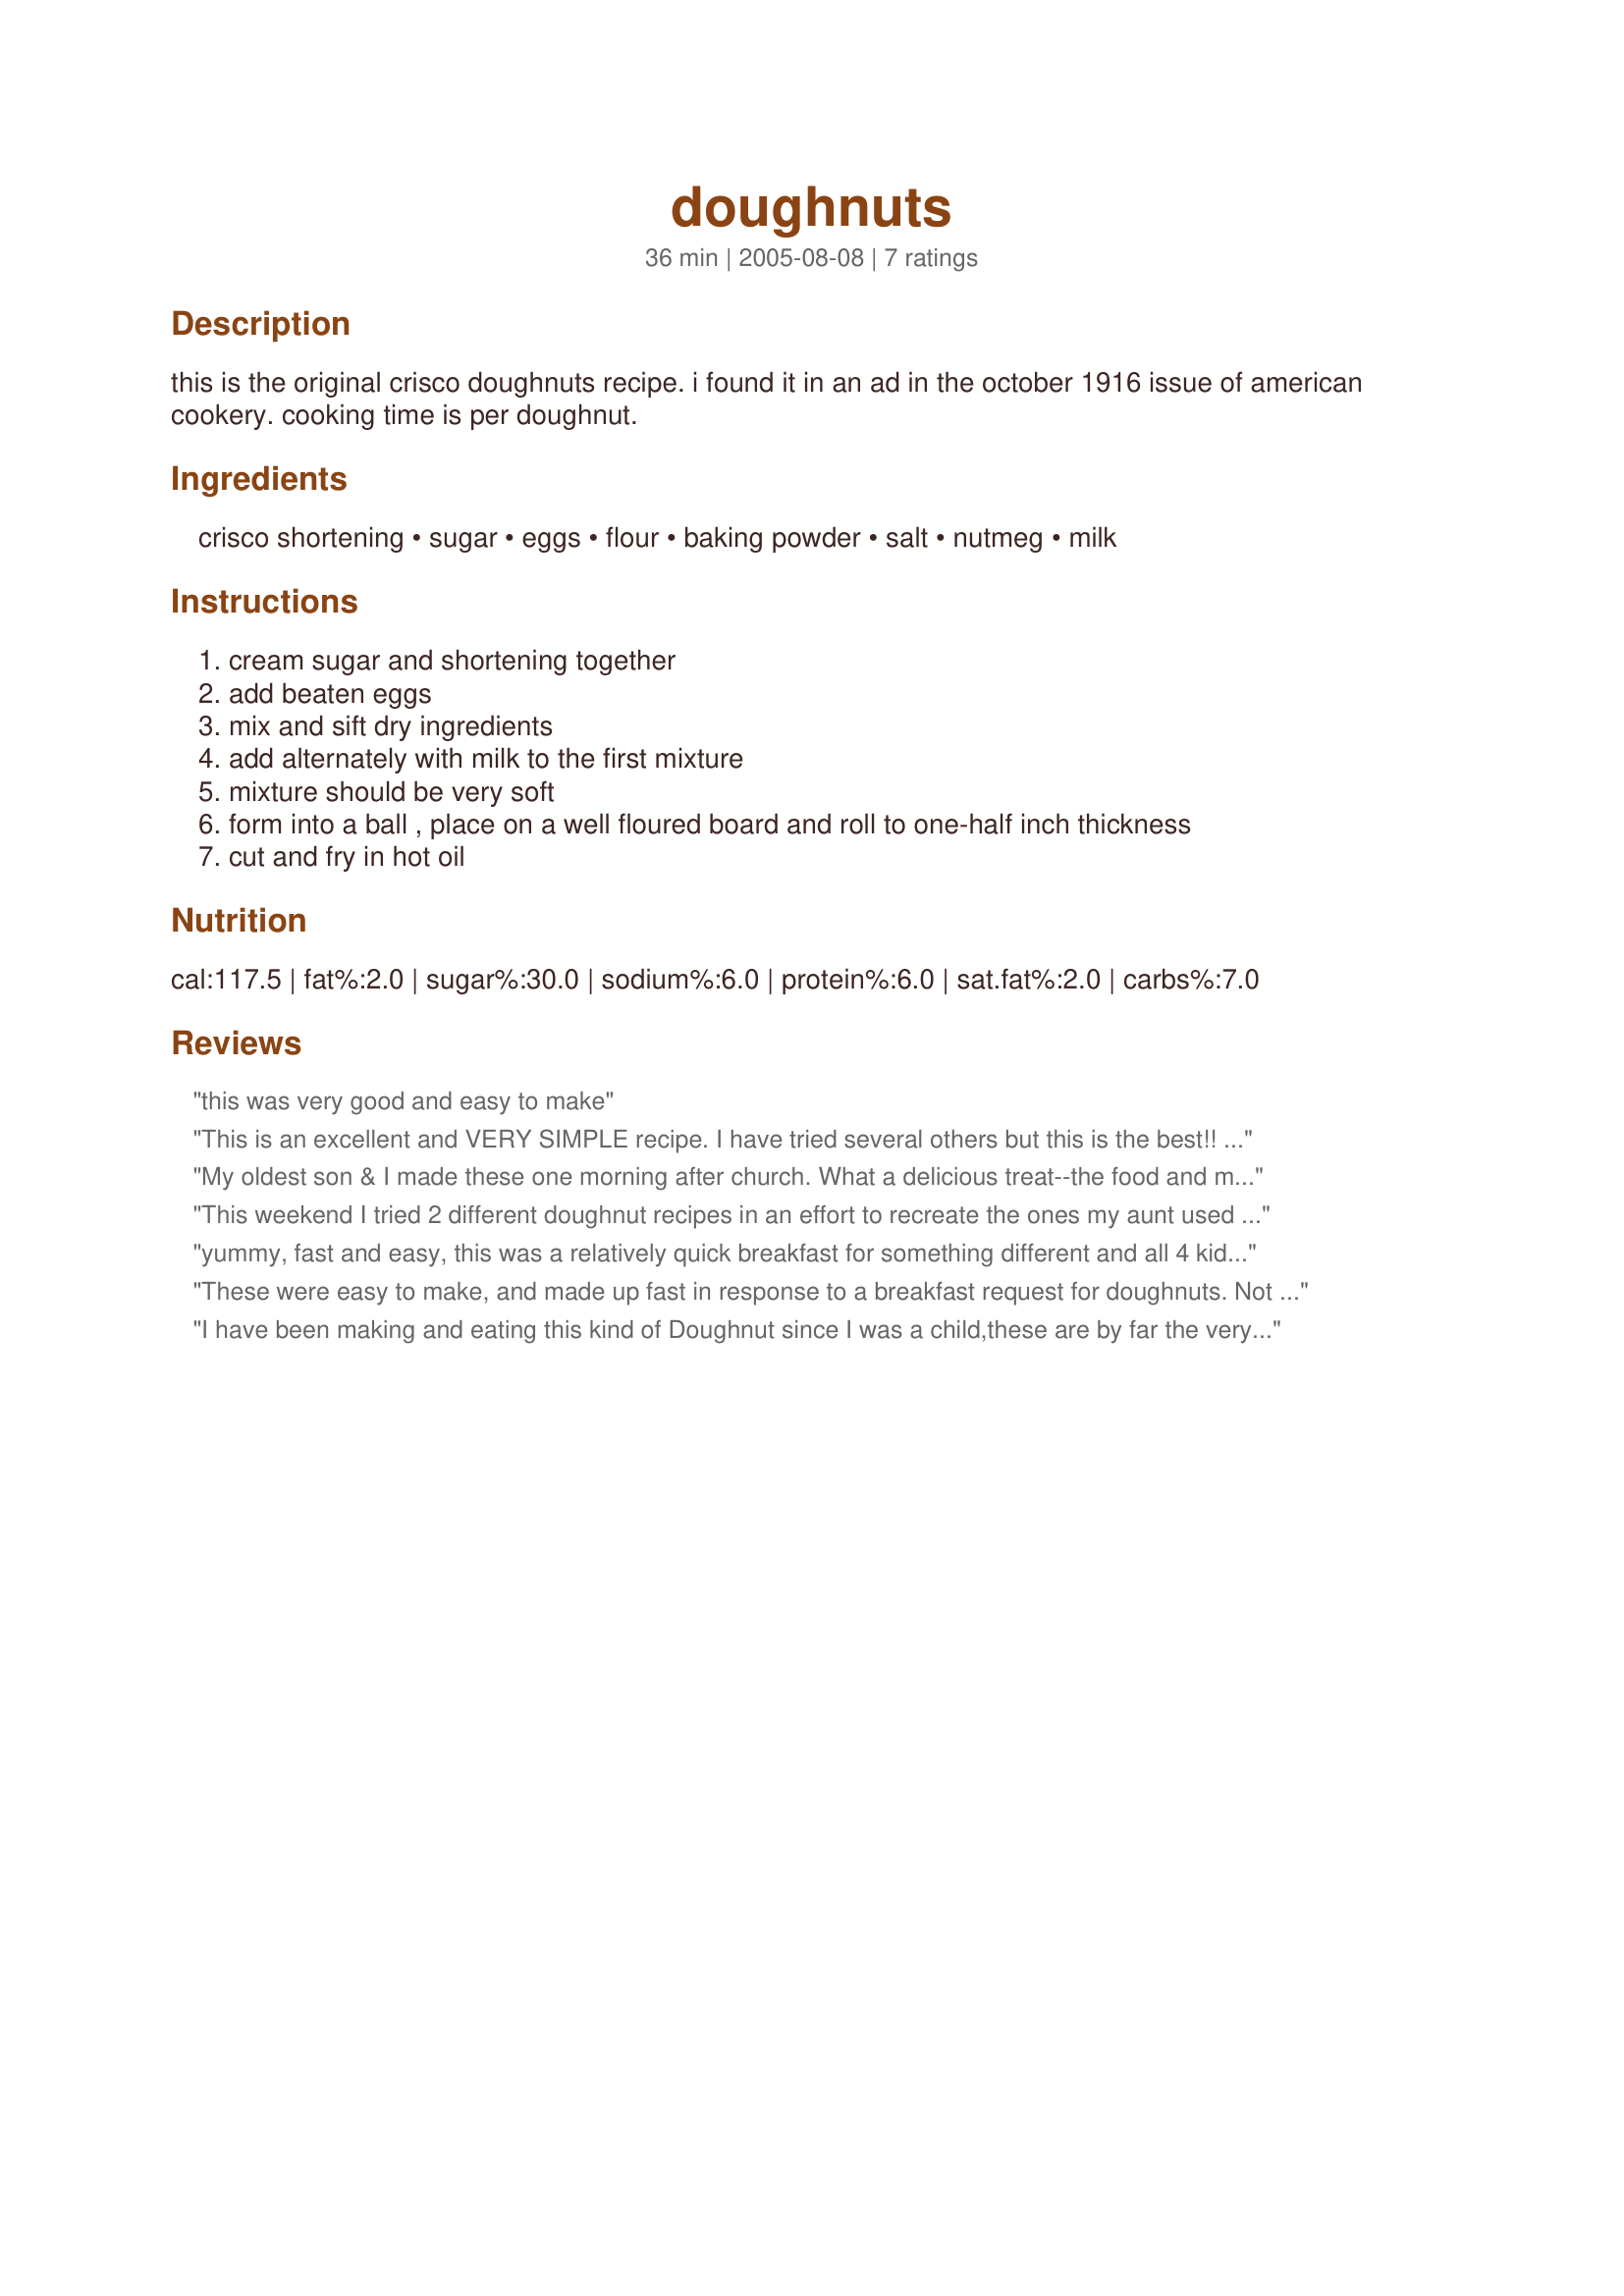
doughnuts
Preparation time: 36 minutes

this is the original crisco doughnuts recipe. i found it in an ad in the october 1916 issue of american cookery. cooking time is per doughnut.

Ingredients:
crisco shortening, sugar, eggs, flour, baking powder, salt, nutmeg, milk

Steps:
cream sugar and shortening together
add beaten eggs
mix and sift dry ingredients
add alternately with milk to the first mixture
mixture should be very soft
form into a ball , place on a well floured board and roll to one-half inch thickness
cut and fry in hot oil

Reviews:
this was very good and easy to make
This is an excellent and VERY SIMPLE recipe. I have tried several others but this is the best!! I set my deep fryer at 375 degrees.
My oldest son & I made these one morning after church. What a delicious treat--the food and my teenaged son actually wanting to do something with me!! I'm not sure why, but the dough came out very sticky. We added about 2/3 cup of flour to reduce the stickiness enough to allow for rolling out doughnut holes. The dough waiting to be fried began rising as we cooked the other batches. That was interesting! :-) We rolled the cooled holes in cinnamon sugar, and they were gone before we could even get the next batch made. Definitely a hit and a keeper. Next time, I think I'll try stirring cinnamon, nutmeg, and cloves (a fave combo) into the batter. Thanks for posting!
This weekend I tried 2 different doughnut recipes in an effort to recreate the ones my aunt used to make, these were the closest match. They have a wonderful texture and the old fashioned taste I love. I would have posted a photo, but mine came out looking very ugly as I could not find the donut cutter, so I used a coffee cup and a bottle cap. After a few like that, I just made a huge batch of doughnut holes. Good post! Thank you
yummy, fast and easy, this was a relatively quick breakfast for something different and all 4 kids asked for it to be a regular. i did let my oil get a little too hot ( we have VERY sensitive smoke detectors, they go off with eggs) but even then they were really good. thanks for sharing i love these recipes that come from old cook books.
These were easy to make, and made up fast in response to a breakfast request for doughnuts. Not only easy, but quite delicous too...thank you so much for a wonderful recipe.
I have been making and eating this kind of Doughnut since I was a child,these are by far the very best..
I did add ground cloves,nutmeg and cinnamin.
